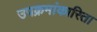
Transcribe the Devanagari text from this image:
उपक्रमांकारिता